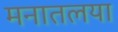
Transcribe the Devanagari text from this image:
मनातलया